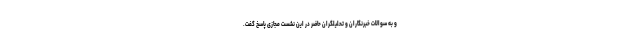
و به سوالات خبرنگاران و تحلیلگران حاضر در این نشست مجازی پاسخ گفت.